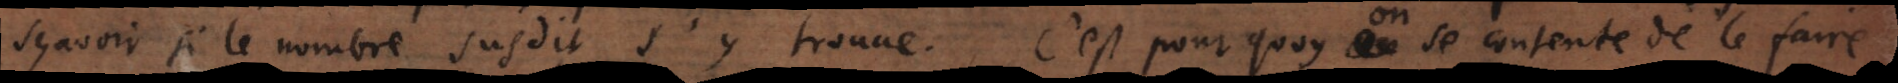
le nombre susdit s’y trouve. C’est pourquoy on se contente de le faire